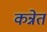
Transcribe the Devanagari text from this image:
कन्नेत